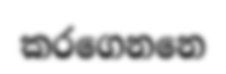
කරගෙනනෙ